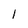
Character: I